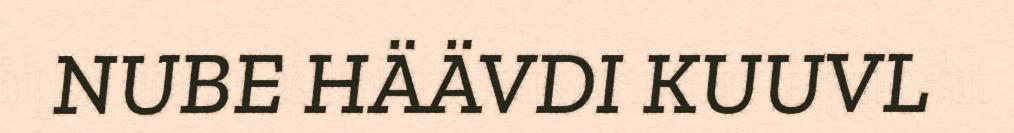
NUBE HÄÄVDI KUUVL